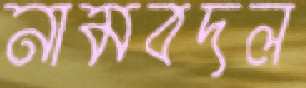
নামবদল